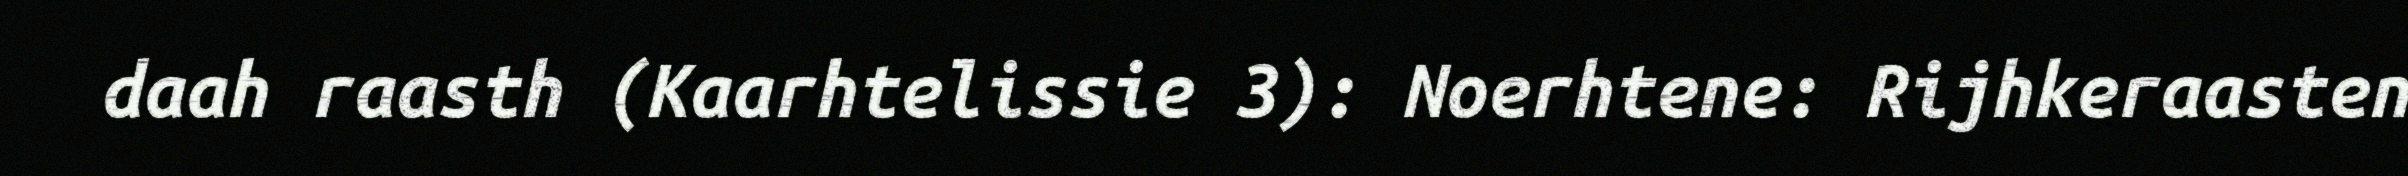
daah raasth (Kaarhtelissie 3): Noerhtene: Rijhkeraasten